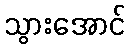
သွားအောင်